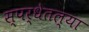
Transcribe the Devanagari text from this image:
स्पर्धेतल्या